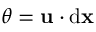
\theta = { \mathbf { u } } \cdot \mathrm { d } { \mathbf { x } }